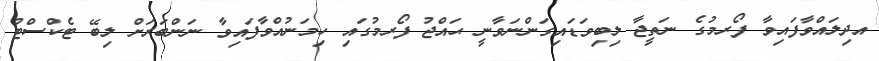
އދިލައްވާފައިވާ ފޯރމުގެ ނަތީޖާ ލިބިވަޑައިގަންނަވާނީ ޙައްޖު ފޯރމުގައި ހިމަނުއްވާފައިވާ ނަންބަރަށް ލިބޭ ޓެކްސްޓު